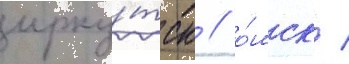
ирку́тск / о́мск /